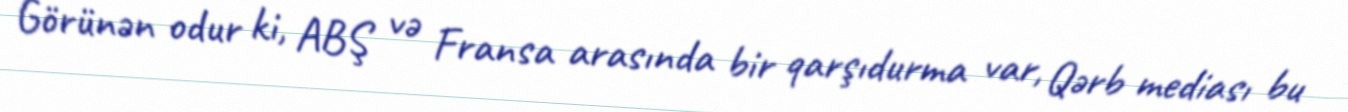
Görünən odur ki, ABŞ və Fransa arasında bir qarşıdurma var, Qərb mediası bu